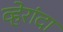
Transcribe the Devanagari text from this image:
व्हेरांदा